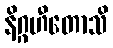
နိဂ္ဂဟီတောသိ